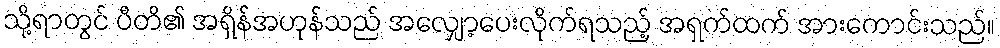
သို့ရာတွင် ပီတိ၏ အရှိန်အဟုန်သည် အလျှော့ပေးလိုက်ရသည့် အရှက်ထက် အားကောင်းသည်။